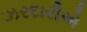
ઝરદારીએ